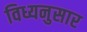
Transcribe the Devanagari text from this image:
विध्यनुसार